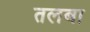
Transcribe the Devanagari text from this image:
तलबा